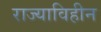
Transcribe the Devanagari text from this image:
राज्याविहीन